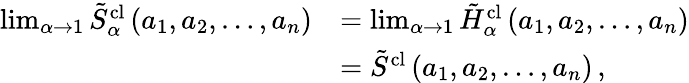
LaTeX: \begin{array}{rl}{\operatorname*{lim}_{\alpha\to 1}\tilde{S}_{\alpha}^{\textrm{cl}}\left(a_{1},a_{2},\dots,a_{n}\right)}&{=\operatorname*{lim}_{\alpha\to 1}\tilde{H}_{\alpha}^{\textrm{cl}}\left(a_{1},a_{2},\dots,a_{n}\right)}\\ &{=\tilde{S}^{\textrm{cl}}\left(a_{1},a_{2},\dots,a_{n}\right)\, ,}\end{array}